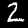
Label: 2